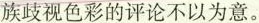
族歧视色彩的评论不以为意。